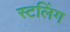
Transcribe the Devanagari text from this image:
स्टलिंग